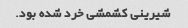
شیرینی کشمشی خرد شده بود.